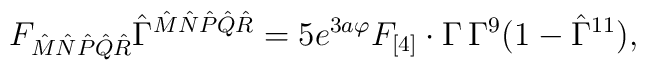
F_{{\hat M}{\hat N}{\hat P}{\hat Q}{\hat R}}{\hat \Gamma}^{{\hat M}{\hat N}{\hat P}{\hat Q}{\hat R}}=5e^{3a\varphi}F_{[4]}\cdot\Gamma\,\Gamma^9(1-\hat\Gamma^{11}),